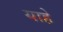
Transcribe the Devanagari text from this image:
याहे